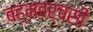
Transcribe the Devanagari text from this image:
बह्मवर्चसी